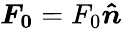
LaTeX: \boldsymbol{F_{0}}=F_{0}\boldsymbol{\hat{n}}